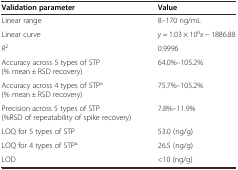
| Validation parameter | Value |
 | --- | --- |
 | Linear range | 8–170 ng/mL |
 | Linear curve | y = 1.03 × 106x − 1886.88 |
 | R2 | 0.9996 |
 | Accuracy across 5 types of STP (% mean ± RSD recovery) | 64.0%–105.2% |
 | Accuracy across 4 types of STPa (% mean ± RSD recovery) | 75.7%–105.2% |
 | Precision across 5 types of STP (%RSD of repeatability of spike recovery) | 7.8%–11.9% |
 | LOQ for 5 types of STP | 53.0 (ng/g) |
 | LOQ for 4 types of STPa | 26.5 (ng/g) |
 | LOD | <10 (ng/g) |